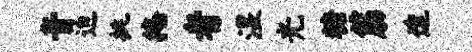
音迫挑掩者湿光糖筋透